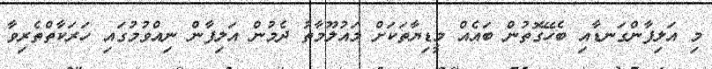
މި އަލިފާންގަނޑާއި ބެހޭގޮތުން ބައެއް މީޑިޔާތަކަށް މައުލޫމާތު ދެމުން އަލިފާން ނިއްވުމުގައި ހަރަކާތްތެރިވާ